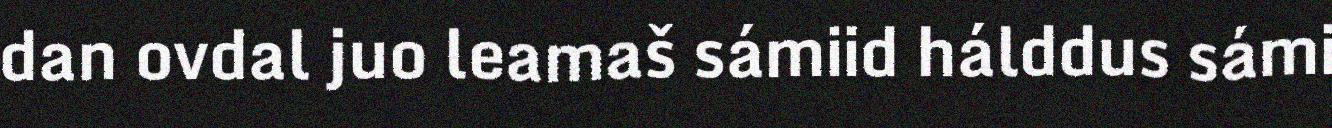
dan ovdal juo leamaš sámiid hálddus sámi